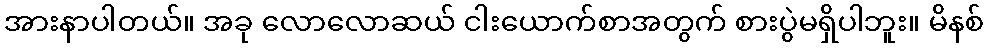
အားနာပါတယ်။ အခု လောလောဆယ် ငါးယောက်စာအတွက် စားပွဲမရှိပါဘူး။ မိနစ်